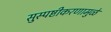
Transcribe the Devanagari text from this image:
सुस्पष्टीकरणामुळे